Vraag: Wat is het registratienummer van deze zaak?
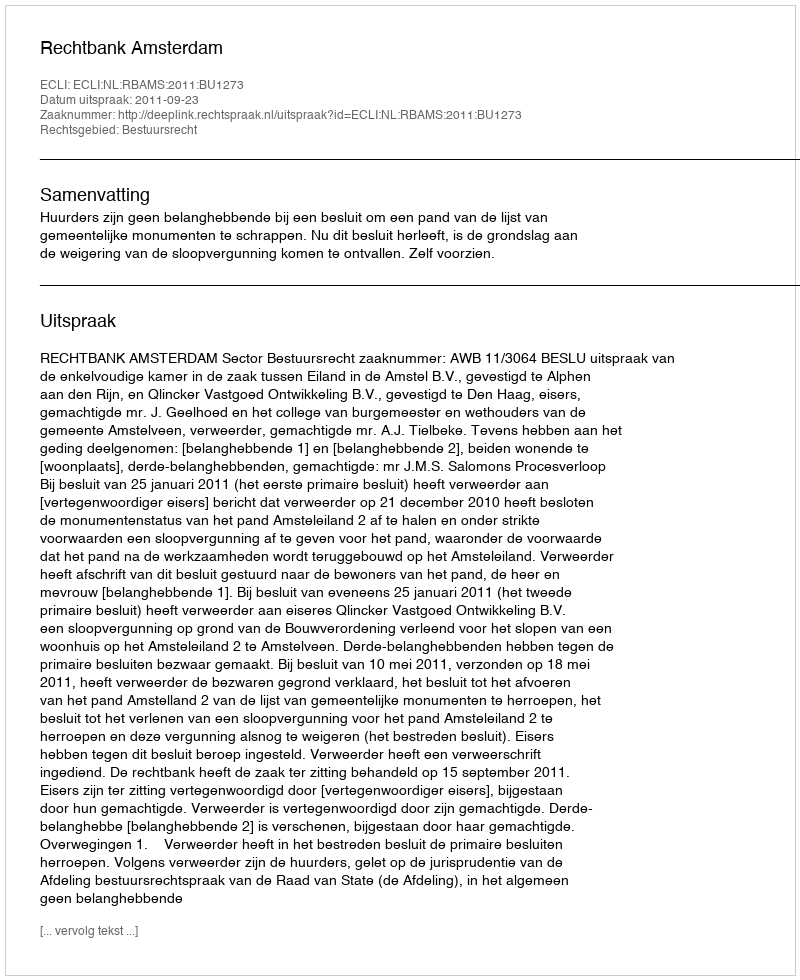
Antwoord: http://deeplink.rechtspraak.nl/uitspraak?id=ECLI:NL:RBAMS:2011:BU1273